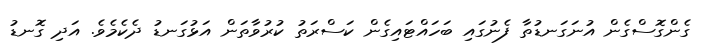
ގެންގޮސްގެން އުނަގަނޑުތާ ފެނުގައި ބަހައްޓައިގެން ކަސްރަތު ކުރުވާތަން އަޅުގަނޑު ދެކެމެވެ. އަދި ގޮނޑު